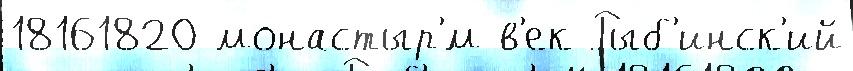
18161820 монастыр'́м в'ек Рыб'инск'ий